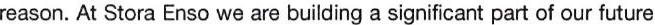
reason. At Stora Enso we are building a significant part of our future